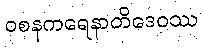
ဝစနကရေနာတိဒေဝဿ